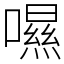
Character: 𡀾